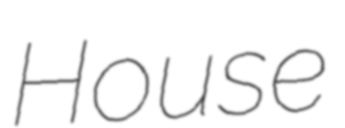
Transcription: House